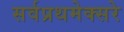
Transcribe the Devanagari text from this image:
सर्वप्रथमेक्सरे